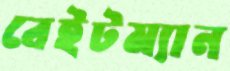
বেইটম্যান